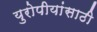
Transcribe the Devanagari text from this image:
युरोपीयांसाठी